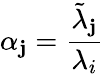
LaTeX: \alpha_{\mathbf{j}}=\frac{{\tilde{{\lambda}}_{\mathbf{j}}}}{{\lambda_{i}}}